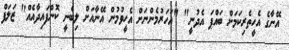
އޭނާގެ އެހީތެރިކަމަށް ބައްޕަ އެދުނީ" "އަހަރުމެންނަށް އެހީވުމުން އޭނާއަށް ލިބެނީ ކޮންފައިދާއެއް" ޒަލަފް